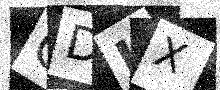
Text: CDJX